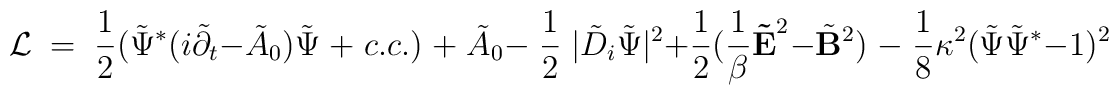
{\cal L}\;=\;{1\over 2}( \tilde \Psi\sp\ast (i\tilde \partial_t - \tilde A_0)\tilde \Psi \;+\; c.c.)\;+\;\tilde A_0  -\; {1\over 2} \;|\tilde D_i\tilde \Psi|^2 + {1\over 2} ({1\over \beta} {\bf \tilde E}\sp2 - \tilde  {\bf B}\sp2 )\;-\; {1\over 8} \kappa\sp2 (\tilde \Psi \tilde \Psi\sp\ast-1)\sp2